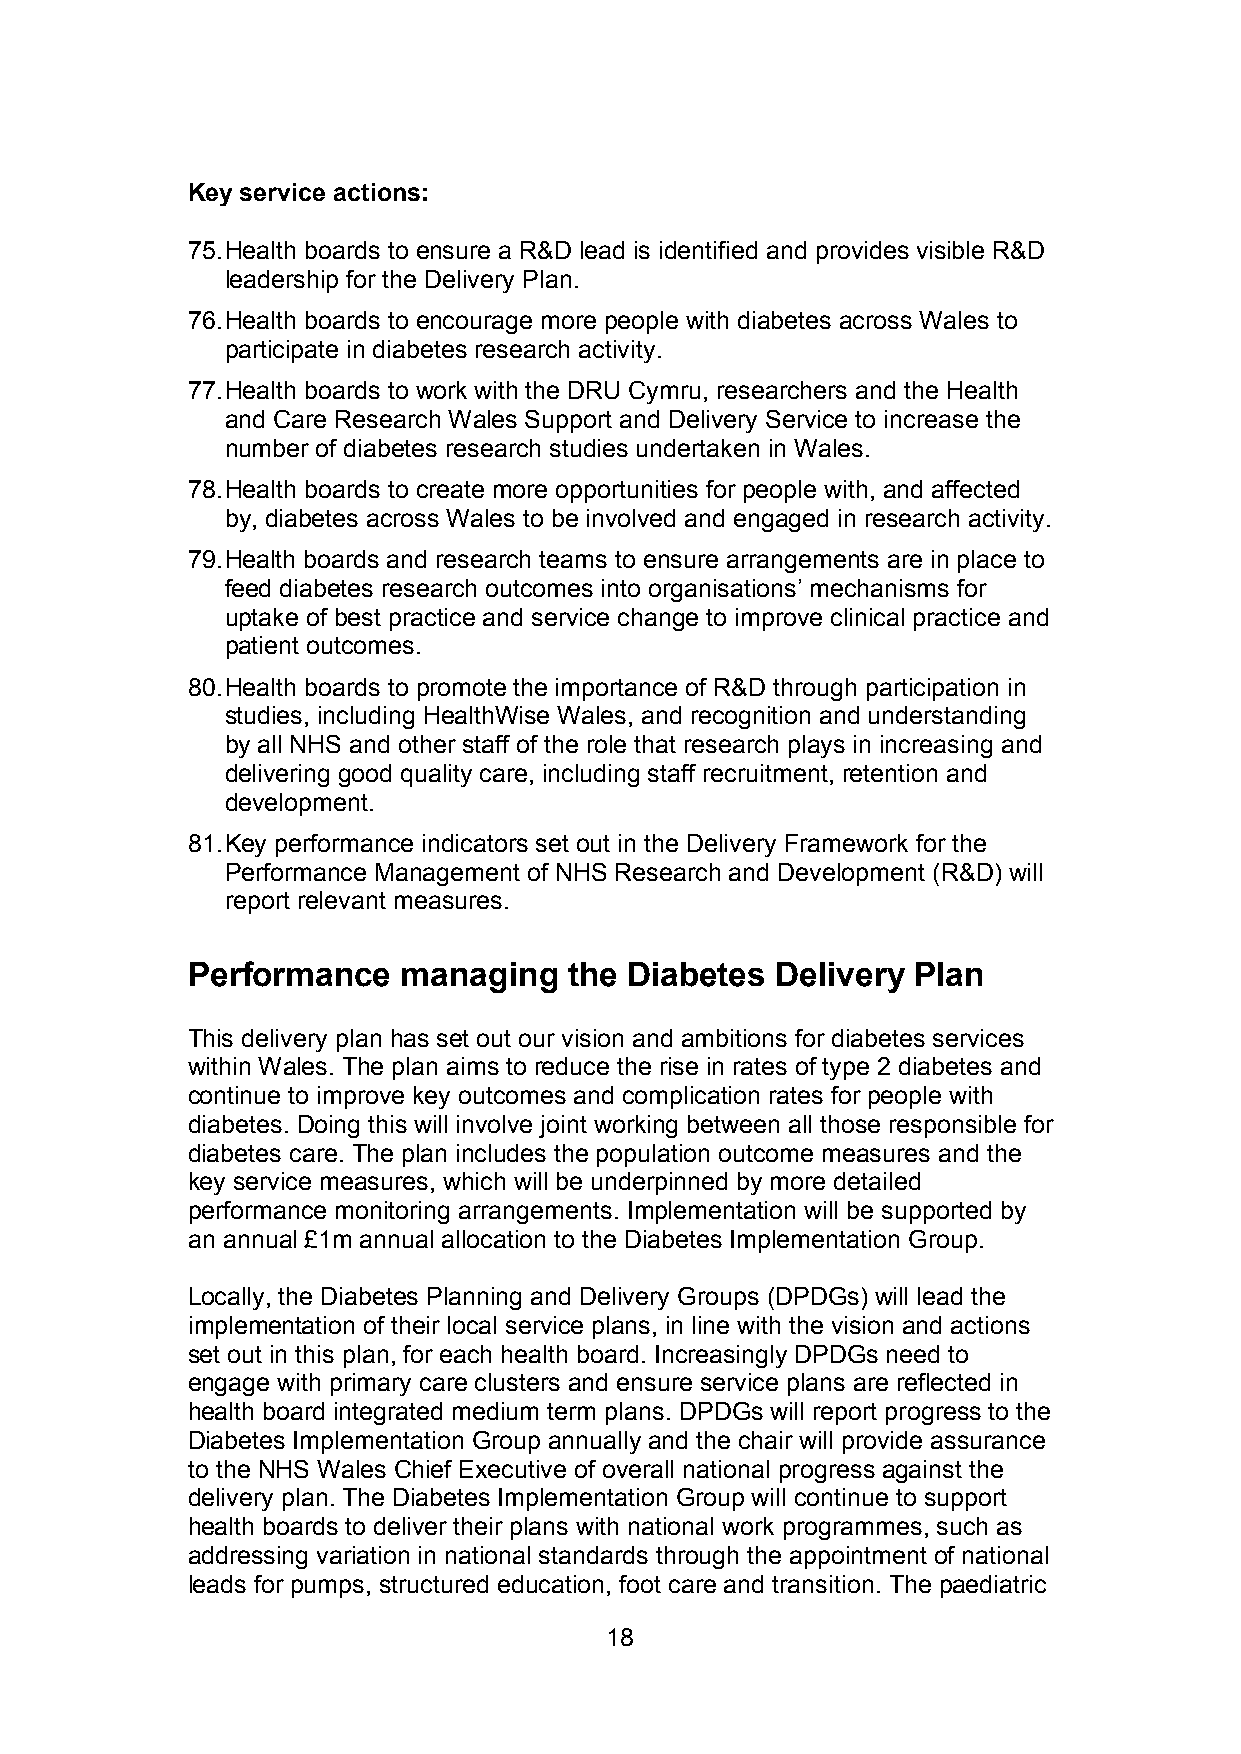
Key service actions:
 75.Health boards to ensure a R&D lead is identified and provides visible R&D
 leadership for the Delivery Plan.
 76.Health boards to encourage more people with diabetes across Wales to
 participate in diabetes research activity.
 77.Health boards to work with the DRU Cymru, researchers and the Health
 and Care Research Wales Support and Delivery Service to increase the
 number of diabetes research studies undertaken in Wales.
 78.Health boards to create more opportunities for people with, and affected
 by, diabetes across Wales to be involved and engaged in research activity.
 79.Health boards and research teams to ensure arrangements are in place to
 feed diabetes research outcomes into organisations’ mechanisms for
 uptake of best practice and service change to improve clinical practice and
 patient outcomes.
 80.Health boards to promote the importance of R&D through participation in
 studies, including HealthWise Wales, and recognition and understanding
 by all NHS and other staff of the role that research plays in increasing and
 delivering good quality care, including staff recruitment, retention and
 development.
 81.Key performance indicators set out in the Delivery Framework for the
 Performance Management of NHS Research and Development (R&D) will
 report relevant measures.
 Performance    managing   the Diabetes Delivery Plan
 This delivery plan has set out our vision and ambitions for diabetes services
 within Wales. The plan aims to reduce the rise in rates of type 2 diabetes and
 continue to improve key outcomes and complication rates for people with
 diabetes. Doing this will involve joint working between all those responsible for
 diabetes care. The plan includes the population outcome measures and the
 key service measures, which will be underpinned by more detailed
 performance monitoring arrangements. Implementation will be supported by
 an annual £1m annual allocation to the Diabetes Implementation Group.
 Locally, the Diabetes Planning and Delivery Groups (DPDGs) will lead the
 implementation of their local service plans, in line with the vision and actions
 set out in this plan, for each health board. Increasingly DPDGs need to
 engage with primary care clusters and ensure service plans are reflected in
 health board integrated medium term plans. DPDGs will report progress to the
 Diabetes Implementation Group annually and the chair will provide assurance
 to the NHS Wales Chief Executive of overall national progress against the
 delivery plan. The Diabetes Implementation Group will continue to support
 health boards to deliver their plans with national work programmes, such as
 addressing variation in national standards through the appointment of national
 leads for pumps, structured education, foot care and transition. The paediatric
 18